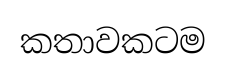
කතාවකටම